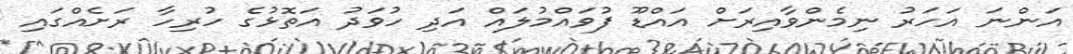
އަންނަ އަހަރު ނިމެންވާއިރަށް އައްޑޫ ފުވައްމުލައް އަދި ހުވަދު އަތޮޅުގެ ހުރިހާ ރަށެއްގައި